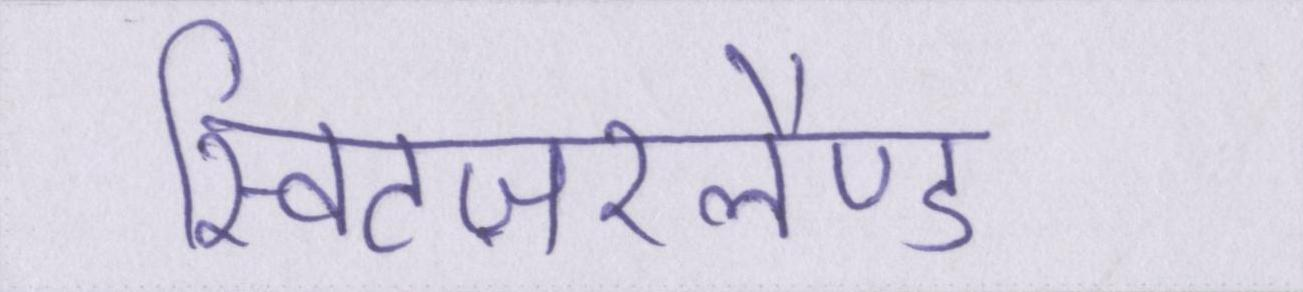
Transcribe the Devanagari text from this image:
स्विटज़रलैण्ड